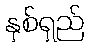
နှစ်ရှည်